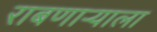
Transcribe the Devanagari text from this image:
राबणार्‍याला